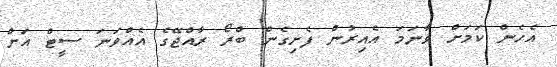
އެހެން ކަމަށް ވާނަމަ އެއިރުން ފެށިގެން ބްރޯ ރާއްޖޭގެ އެއްވަނަ ސީޓް އަށް